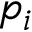
p _ { i }